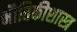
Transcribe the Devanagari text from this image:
भौतिकीशास्त्र